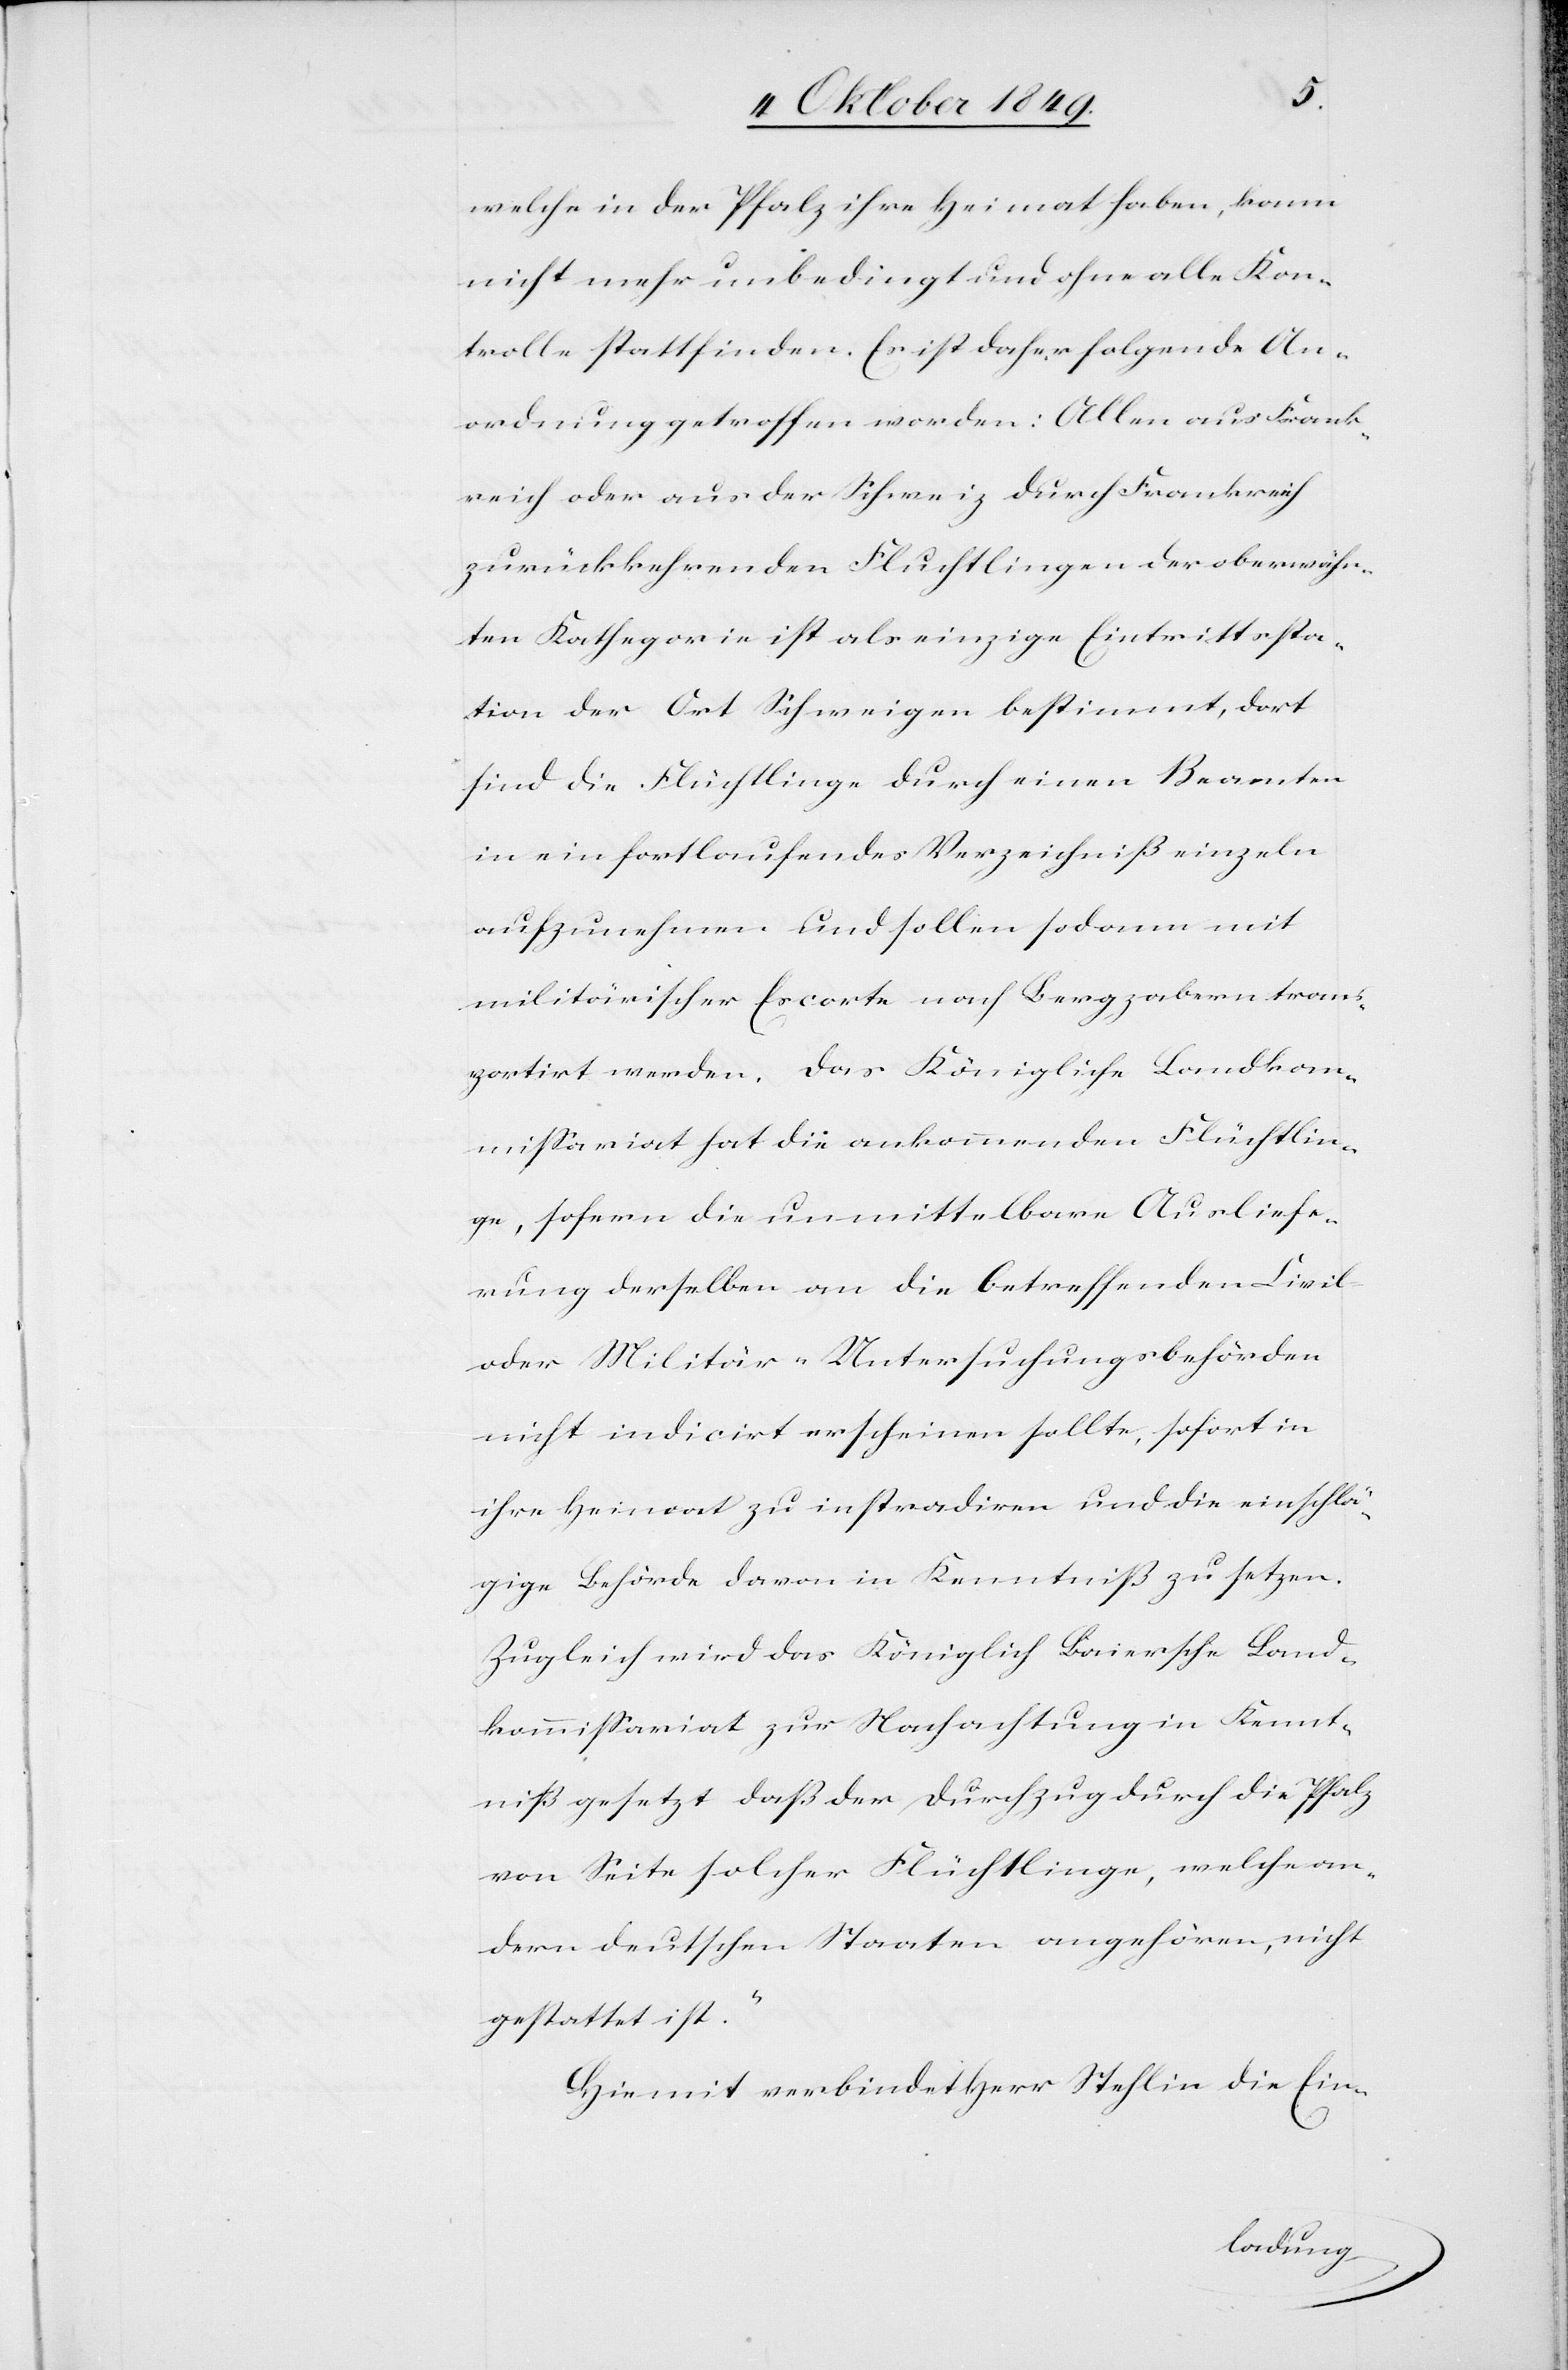
welche in der Pfalz ihre Heimat haben, konn-[te]
nicht mehr unbedingt und ohne alle Kon¬
trolle stattfinden. Es ist daher folgende An¬
ordnung getroffen worden: Allen aus Frank¬
reich oder aus der Schweiz durch Frankreich
zurückkehrenden Fluchtlingen der oben erwähn¬
ten Kathegorie ist als einzige Eintrittsta¬
tion der Ort Sihm eigen bestimmt, dort
sind die Flüchtlinge durch einen Beamten
in ein fortlaufendes Verzeichniß einzeln
aufzunehmen und sollen sodann mit
militärischer Escorte nach Bergzabern trans¬
portirt werden, das Königliche Landkom¬
missariat hat die ankommenden Flüchtlin¬
ge, sofern die unmittelbare Ausliefe¬
rung derselben an die betreffenden Civil-
oder Militär-Untersuchungsbehörden
nicht indicirt erscheinen sollte, sofort in
ihre Heimat zu instradiren und die einschlä¬
gige Behörde davon in Kenntniß zu setzen.
Zugleich wird das Königlich Baiersche Land¬
kommissariat zur Nachachtung in Kennt¬
niß gesetzt daß der Durchzug durch die Pfalz
von Seite solcher Flüchtlinge, welche an¬
dern deutschen Staaten angehören, nicht
gestattet ist.“
Hiemit verbindet Herr Stehlin die Ein-